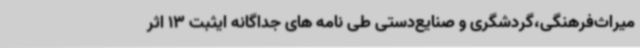
میراث‌فرهنگی،گردشگری و صنایع‌دستی طی نامه های جداگانه ایثبت 13 اثر